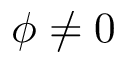
\phi \neq 0